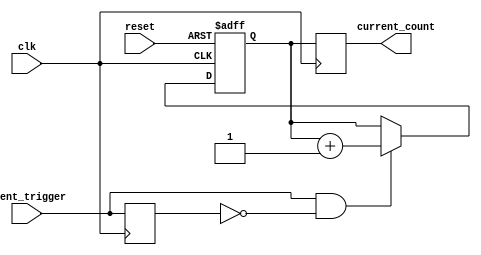
module event_triggered_counter (
    input wire clk,                // System clock
    input wire reset,              // Reset signal
    input wire event_trigger,      // Event trigger signal
    output reg [7:0] current_count // Current count value (8-bit)
);

    // Memory block to store the current count value
    reg [7:0] memory_block; // 8-bit memory block

    // Edge detection for the event_trigger signal
    reg event_trigger_d; // Delayed version of event_trigger for edge detection
    wire event_edge;     // Rising edge detection signal

    // Edge detection logic
    always @(posedge clk) begin
        event_trigger_d <= event_trigger; // Store the previous state
    end

    assign event_edge = event_trigger && ~event_trigger_d; // Rising edge detection

    // Counter logic
    always @(posedge clk or posedge reset) begin
        if (reset) begin
            memory_block <= 8'b0; // Initialize memory block to zero on reset
        end else if (event_edge) begin
            memory_block <= memory_block + 1; // Increment count on event edge
        end
    end

    // Output the current count value
    always @(posedge clk) begin
        current_count <= memory_block; // Read current count from memory block
    end

endmodule